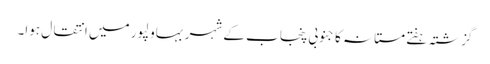
گزشتہ ہفتے مستانہ کا جنوبی پنجاب کے شہر بہاولپور میں انتقال ہوا۔